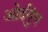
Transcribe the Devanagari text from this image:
ओर्दनुंग